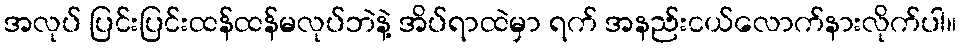
အလုပ် ပြင်းပြင်းထန်ထန်မလုပ်ဘဲနဲ့ အိပ်ရာထဲမှာ ရက် အနည်းငယ်လောက်နားလိုက်ပါ။